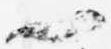
一